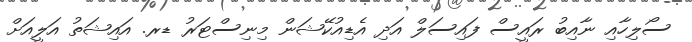
ސޯލިހާއި ނާއިބު ރައީސް ފައިސަލް އަދި އެޑިއުކޭޝަން މިނިސްޓަރު ޑރ. އައިޝަތު އަލީއަށް